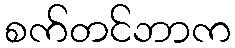
စက်တင်ဘာက